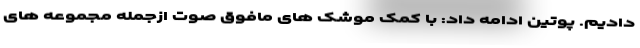
دادیم. پوتین ادامه داد: با کمک موشک های مافوق صوت ازجمله مجموعه های